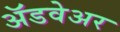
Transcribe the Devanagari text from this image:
अॅडवेअर